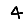
Digit: 4